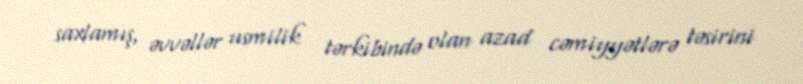
saxlamış, əvvəllər usmilik tərkibində olan azad cəmiyyətlərə təsirini